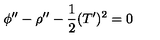
\phi ^ { \prime \prime } - \rho ^ { \prime \prime } - \frac { 1 } { 2 } ( T ^ { \prime } ) ^ { 2 } = 0